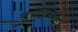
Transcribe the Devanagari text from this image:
भाषांतरामधील